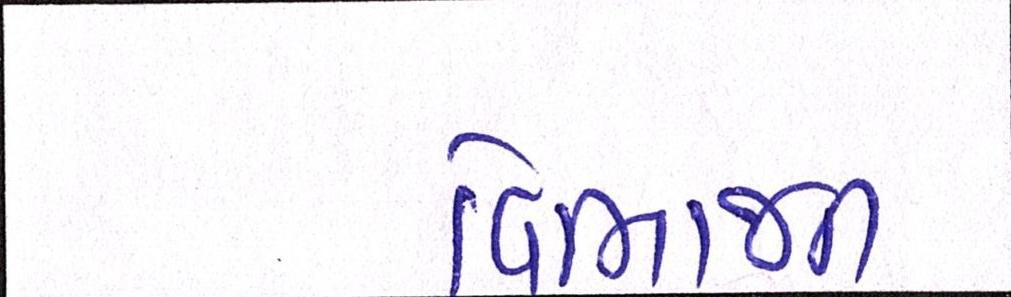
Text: વિભાજન